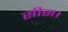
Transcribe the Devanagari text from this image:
सीस।